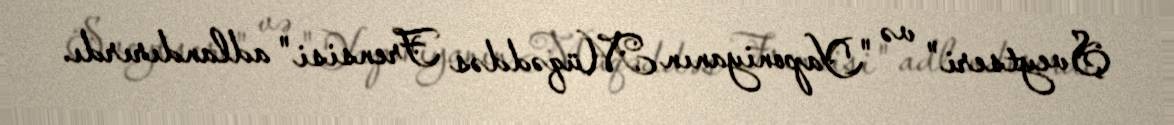
Şveytseri" və "Yaponiyanın Müqəddəs Frensisi" adlandırırdı.